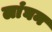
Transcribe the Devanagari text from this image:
लांघन